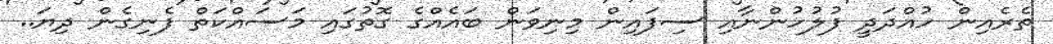
ތެރެއިން ހުއްދަދީ ފުލުހުންނާއި ސިފައިން މިނިވަން ބައެއްގެ ގޮތުގައި މަސައްކަތް ފެނިގެން ދިޔަ..